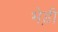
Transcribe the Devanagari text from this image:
भेड़ी